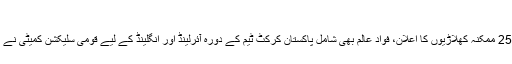
تفصیلات آ گئیں
لندن (ویب ڈیسک ) دورہ آئرلینڈ و انگلینڈ کیلئے 25 ممکنہ کھلاڑیوں کا اعلان، فواد عالم بھی شامل پاکستان کرکٹ ٹیم کے دورہ آئرلینڈ اور انگلینڈ کے لیے قومی سلیکشن کمیٹی نے 25 ممکنہ کھلاڑیوں کے ناموں کا اعلان کردیا۔